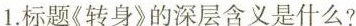
1.标题《转身》的深层含义是什么?